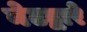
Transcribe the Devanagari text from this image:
नेटद्वारे